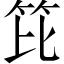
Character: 笓